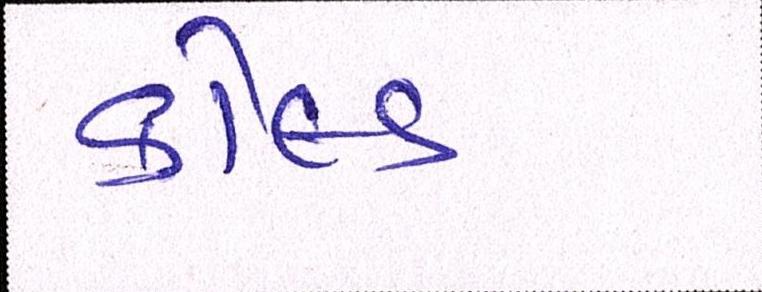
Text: કોલ્ડ